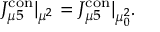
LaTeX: J _ { \mu 5 } ^ { \mathrm { c o n } } | _ { \mu ^ { 2 } } = J _ { \mu 5 } ^ { \mathrm { c o n } } | _ { \mu _ { 0 } ^ { 2 } } .